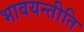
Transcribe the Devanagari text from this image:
भावयन्तीति